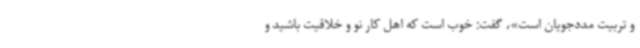
و تربیت مددجویان است»، گفت: خوب است که اهل کار نو و خلاقیت باشید و